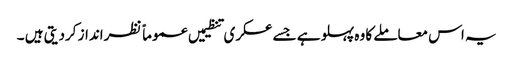
یہ اس معاملے کا وہ پہلو ہے جسے عسکری تنظیمیں عموماً نظرانداز کردیتی ہیں ۔